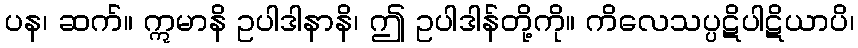
ပန၊ ဆက်။ ဣမာနိ ဥပါဒါနာနိ၊ ဤ ဥပါဒါန်တို့ကို။ ကိလေသပ္ပဋိပါဋိယာပိ၊